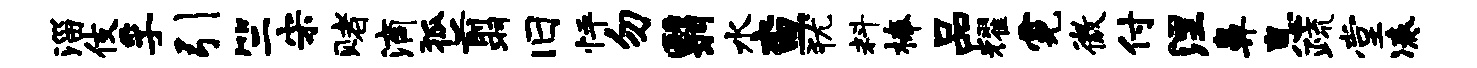
淄伎孚引竺宋赌滴狐翦旧怦勿翳水查犹料榛品耀霓微付涅鼻息疏堂凑